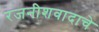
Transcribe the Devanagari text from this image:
रजनीशवादाचे